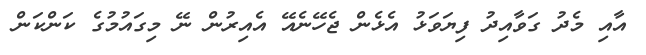
އާއި މެދު ގަވާއިދު ފިޔަވަޅު އެޅެން ޖެހޭނެއޭ އެއިރުން ނޭ މިގައުމުގެ ކަންކަން